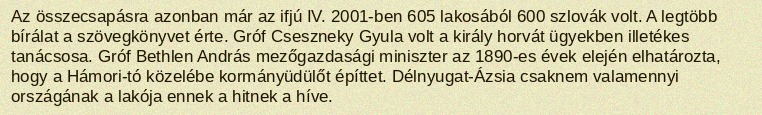
Az összecsapásra azonban már az ifjú IV. 2001-ben 605 lakosából 600 szlovák volt. A legtöbb bírálat a szövegkönyvet érte. Gróf Cseszneky Gyula volt a király horvát ügyekben illetékes tanácsosa. Gróf Bethlen András mezőgazdasági miniszter az 1890-es évek elején elhatározta, hogy a Hámori-tó közelébe kormányüdülőt építtet. Délnyugat-Ázsia csaknem valamennyi országának a lakója ennek a hitnek a híve.